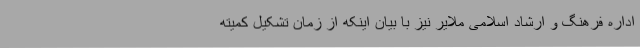
اداره فرهنگ و ارشاد اسلامی ملایر نیز با بیان اینکه از زمان تشکیل کمیته